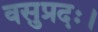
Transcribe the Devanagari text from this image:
वसुप्रदः।